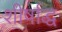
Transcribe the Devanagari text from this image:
शीर्षाद्ध